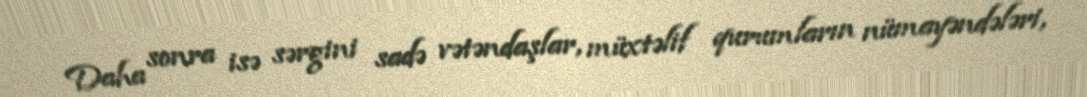
Daha sonra isə sərgini sadə vətəndaşlar, müxtəlif qurumların nümayəndələri,